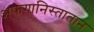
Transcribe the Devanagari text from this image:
अफगानिस्तातान